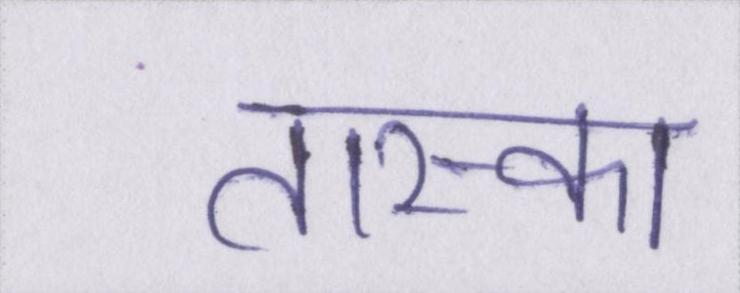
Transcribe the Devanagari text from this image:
तास्का